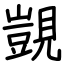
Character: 覬